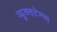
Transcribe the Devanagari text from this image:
व्युक्सटेम्प्स